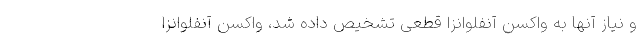
و نیاز آنها به واکسن آنفلوانزا قطعی تشخیص داده شد، واکسن آنفلوانزا